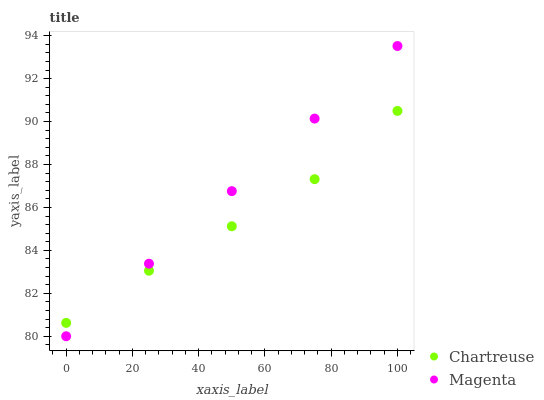
| xaxis_label | Chartreuse | Magenta |
 | --- | --- | --- |
 | 0 | 80.6 | 80 |
 | 25 | 83.1 | 83.4 |
 | 50 | 85.1 | 86.8 |
 | 75 | 87.3 | 90.1 |
 | 100 | 90.5 | 93.5 |